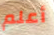
أعلم